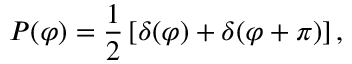
P ( \varphi ) = \frac { 1 } { 2 } \left[ \delta ( \varphi ) + \delta ( \varphi + \pi ) \right] ,